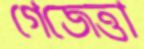
গেজেত্তা